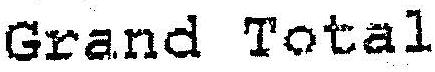
GRAND TOTAL